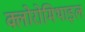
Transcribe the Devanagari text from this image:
क्लोरोमिथाइल